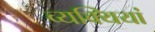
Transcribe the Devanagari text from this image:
व्यक्यियां